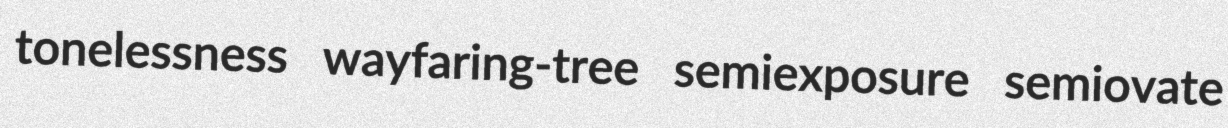
tonelessness wayfaring-tree semiexposure semiovate